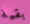
بقية